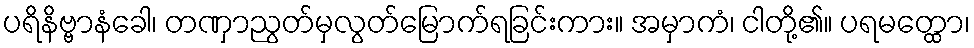
ပရိနိဗ္ဗာနံခေါ၊ တဏှာညွတ်မှလွတ်မြောက်ရခြင်းကား။ အမှာကံ၊ ငါတို့၏။ ပရမတ္ထော၊